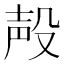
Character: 殸